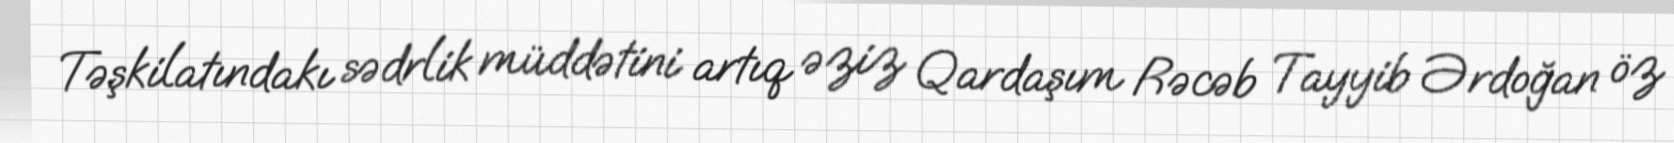
Təşkilatındakı sədrlik müddətini artıq əziz Qardaşım Rəcəb Tayyib Ərdoğan öz